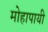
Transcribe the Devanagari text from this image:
मोहापायी